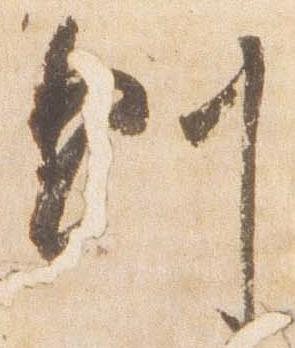
則